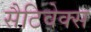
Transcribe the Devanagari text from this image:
सैटिवेक्स